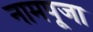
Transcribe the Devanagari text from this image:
नामपूजा